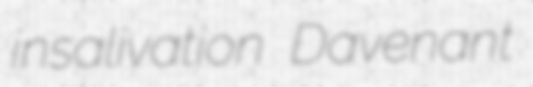
insalivation Davenant